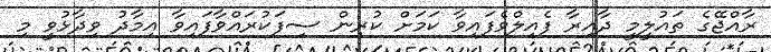
ރާއްޖޭގެ ތައުލީމީ ދާއިރާ ފެއިލްވެފައިވާ ކަމަށް ކުރިން ސިފަކުރައްވާފައިވާ އިމާދު ވިދާޅުވީ މި